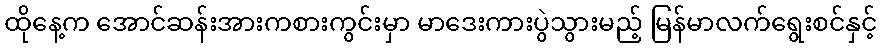
ထိုနေ့က အောင်ဆန်းအားကစားကွင်းမှာ မာဒေးကားပွဲသွားမည့် မြန်မာလက်ရွေးစင်နှင့်